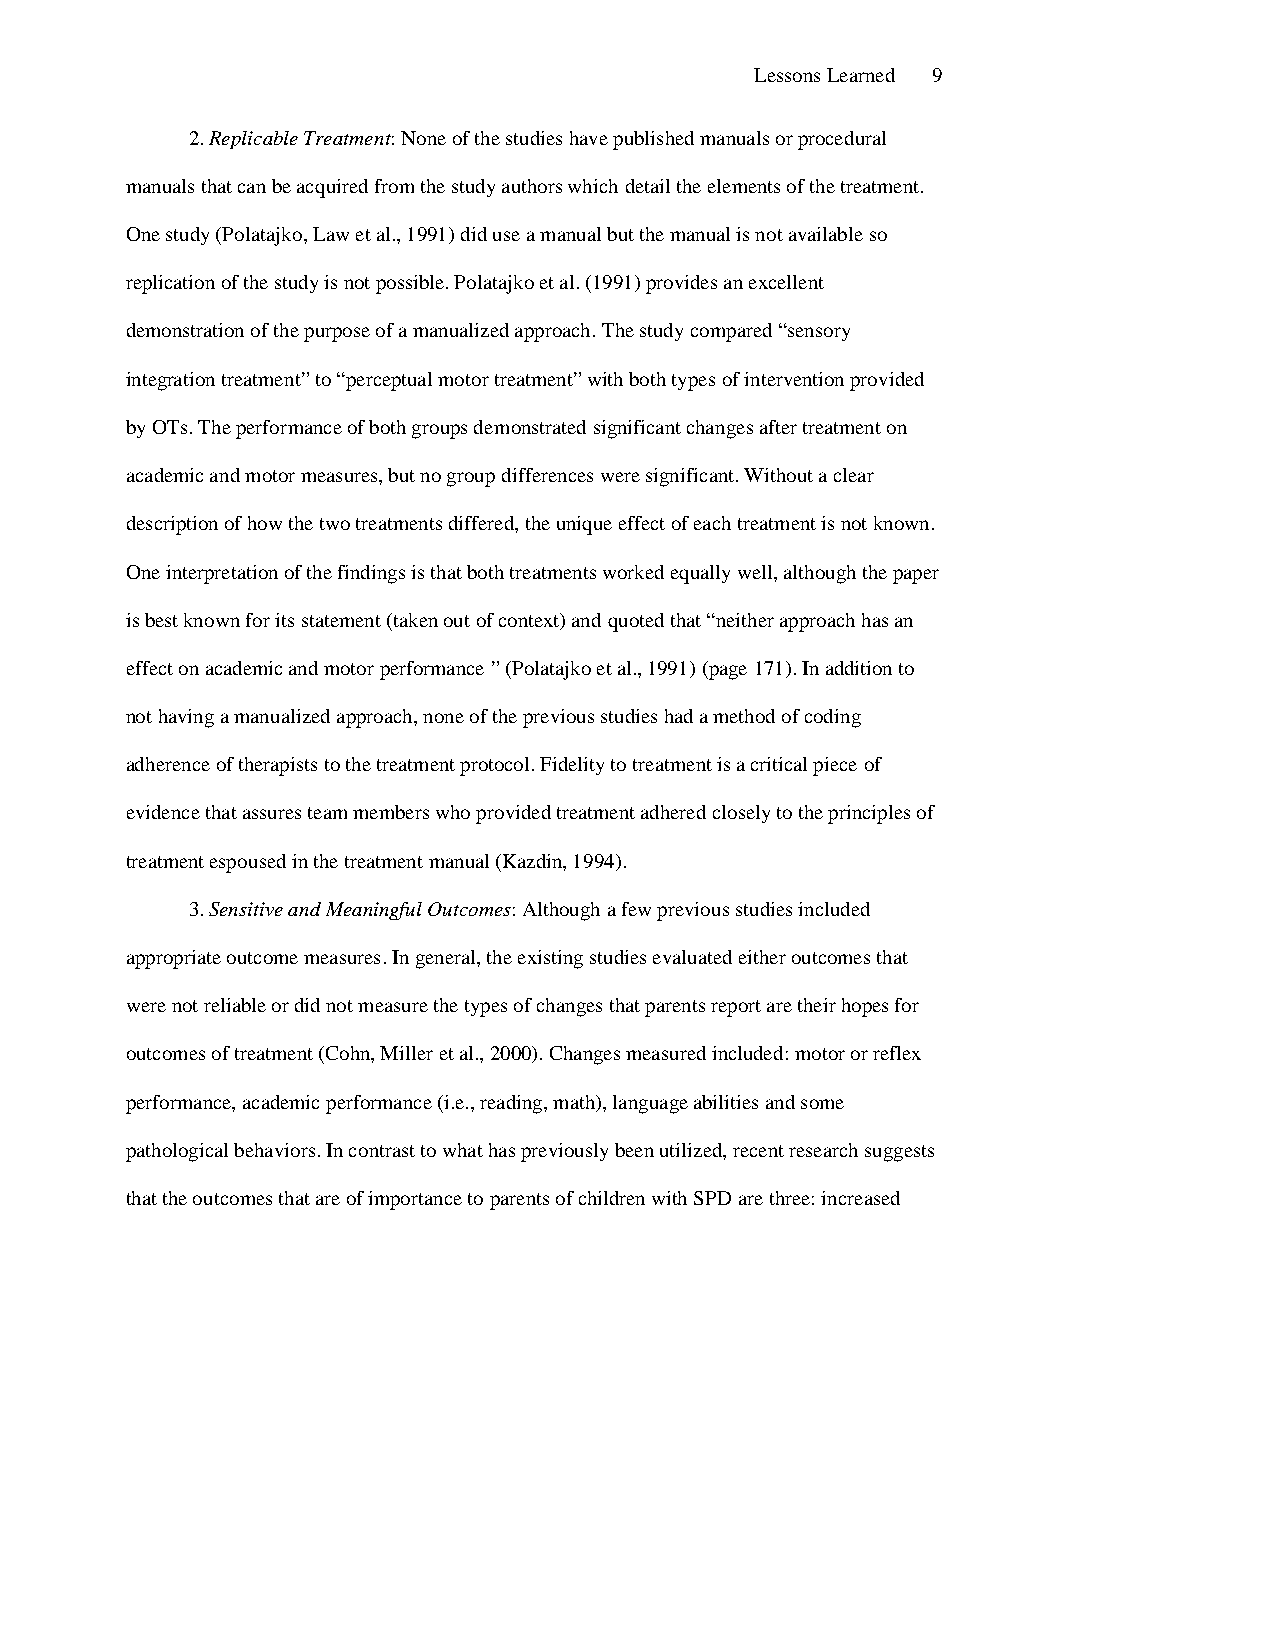
Lessons Learned 9
 2. Replicable Treatment: None of the studies have published manuals or procedural
 manuals that can be acquired from the study authors which detail the elements of the treatment.
 One study (Polatajko, Law et al., 1991) did use a manual but the manual is not available so
 replication of the study is not possible. Polatajko et al. (1991) provides an excellent
 demonstration of the purpose of a manualized approach. The study compared “sensory
 integration treatment” to “perceptual motor treatment” with both types of intervention provided
 by OTs. The performance of both groups demonstrated significant changes after treatment on
 academic and motor measures, but no group differences were significant. Without a clear
 description of how the two treatments differed, the unique effect of each treatment is not known.
 One interpretation of the findings is that both treatments worked equally well, although the paper
 is best known for its statement (taken out of context) and quoted that “neither approach has an
 effect on academic and motor performance ” (Polatajko et al., 1991) (page 171). In addition to
 not having a manualized approach, none of the previous studies had a method of coding
 adherence of therapists to the treatment protocol. Fidelity to treatment is a critical piece of
 evidence that assures team members who provided treatment adhered closely to the principles of
 treatment espoused in the treatment manual (Kazdin, 1994).
 3. Sensitive and Meaningful Outcomes: Although a few previous studies included
 appropriate outcome measures. In general, the existing studies evaluated either outcomes that
 were not reliable or did not measure the types of changes that parents report are their hopes for
 outcomes of treatment (Cohn, Miller et al., 2000). Changes measured included: motor or reflex
 performance, academic performance (i.e., reading, math), language abilities and some
 pathological behaviors. In contrast to what has previously been utilized, recent research suggests
 that the outcomes that are of importance to parents of children with SPD are three: increased